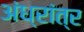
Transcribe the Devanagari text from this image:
अंध्रांत्र